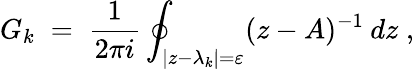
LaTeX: G_{k}\; =\; \frac{1}{2\pi i}\oint_{|z-\lambda_{k}|=\varepsilon}(z-A)^{-1}\: dz\; ,